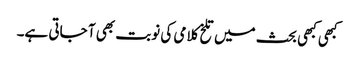
کبھی کبھی بحث میں تلخ کلامی کی نوبت بھی آ جاتی ہے۔